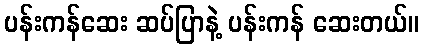
ပန်းကန်ဆေး ဆပ်ပြာနဲ့ ပန်းကန် ဆေးတယ်။